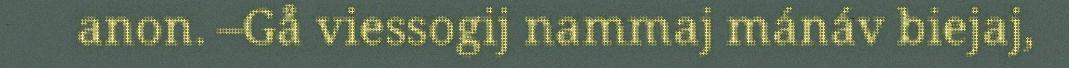
anon. –Gå viessogij nammaj mánáv biejaj,